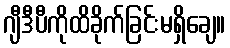
ဂျီဒီပီကိုထိခိုက်ခြင်းမရှိချေ။